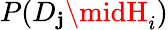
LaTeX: P(D_{\mathbf{j}}\midH_{i})